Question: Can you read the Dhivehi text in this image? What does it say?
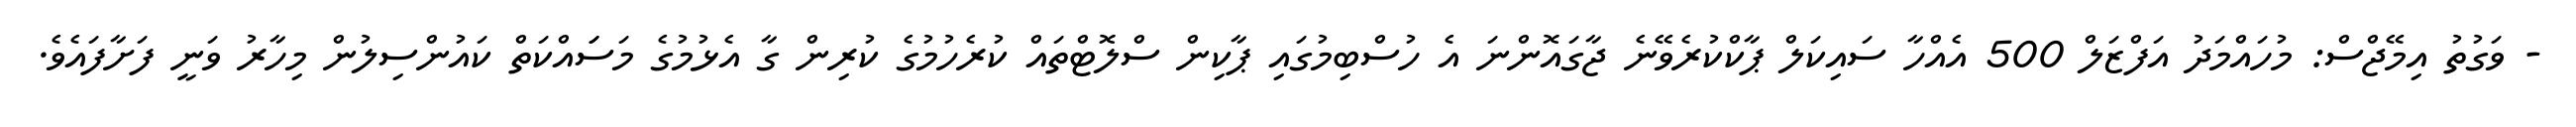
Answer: - ވަގުތު އިމޭޖްސް: މުހައްމަދު އަފްޒަލް 500 އެއްހާ ސައިކަލް ޕާކްކުރެވޭނެ ޖާގައޮންނަ އެ ހުސްބިމުގައި ޕާކިން ސްލޮޓްތައް ކުރެހުމުގެ ކުރިން ގާ އެޅުމުގެ މަސަައްކަތް ކައުންސިލުން މިހާރު ވަނީ ފަށާފައެވެ.